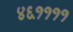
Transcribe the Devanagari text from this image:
४६११११